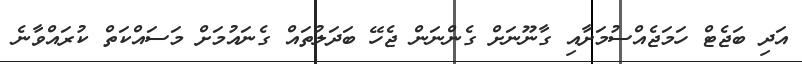
އަދި ބަޖެޓް ހަމަޖެއްސުމަށާއި ގާނޫނަށް ގެންނަން ޖެހޭ ބަދަލުތައް ގެނައުމަށް މަސައްކަތް ކުރައްވާނެ